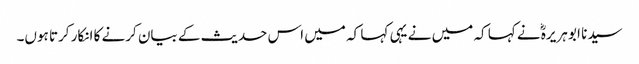
سیدنا ابو ہریرہؓ نے کہا کہ میں نے یہی کہا کہ میں اس حدیث کے بیان کرنے کا انکار کرتا ہوں۔